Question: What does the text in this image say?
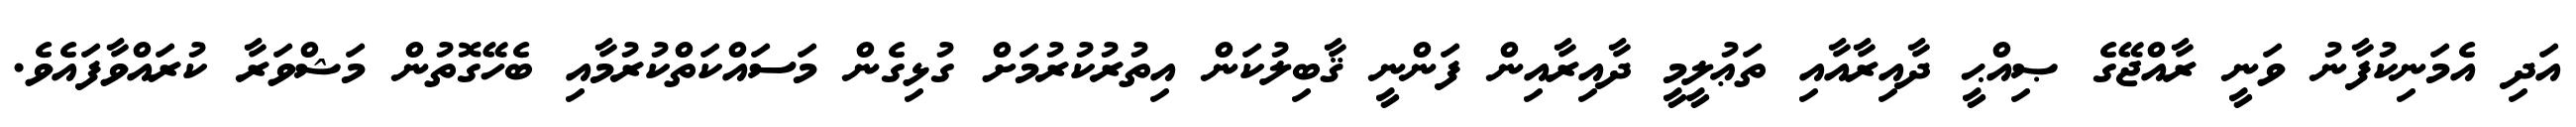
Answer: އަދި އެމަނިކުފާނު ވަނީ ރާއްޖޭގެ ޞިއްޙީ ދާއިރާއާއި ތަޢުލީމީ ދާއިރާއިން ފަންނީ ޤާބިލުކަން އިތުރުކުރުމަށް ގުޅިގެން މަސައްކަތްކުރުމާއި ބެހޭގޮތުން މަޝްވަރާ ކުރައްވާފައެވެ.